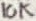
Text: 10K